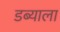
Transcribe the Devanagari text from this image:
डब्याला